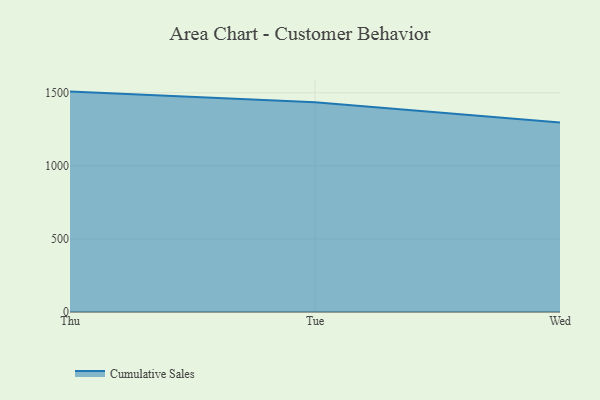
{"axis": {"x": "Day", "y": "Demand Index"}, "legend": ["Cumulative Sales"], "data": [{"x": "Thu", "y": 1507.7, "type": "Cumulative Sales"}, {"x": "Tue", "y": 1434.5, "type": "Cumulative Sales"}, {"x": "Wed", "y": 1297.1, "type": "Cumulative Sales"}]}